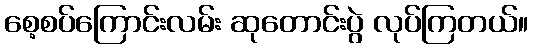
စေ့စပ်ကြောင်းလမ်း ဆုတောင်းပွဲ လုပ်ကြတယ်။